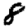
Digit: 8